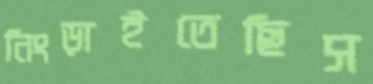
নিংড়াইতেছিস